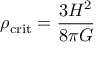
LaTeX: \rho _ { \mathrm { c r i t } } = { \frac { 3 H ^ { 2 } } { 8 \pi G } }